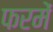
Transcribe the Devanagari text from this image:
फरमें